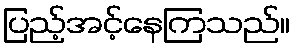
ပြည့်အင့်နေကြသည်။